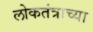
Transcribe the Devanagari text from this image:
लोकतंत्राच्या